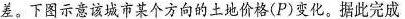
差。下图示意该城市某个方向的土地价格(P)变化。据此完成